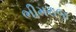
ભીમરાજ